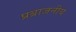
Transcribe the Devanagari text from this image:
प्रब्राजनीय